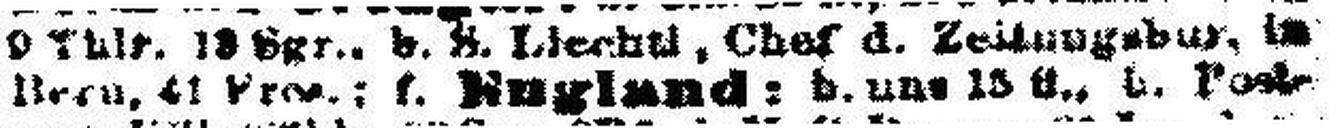
Born, 41 Fres.; f. England: b. uns 15 fl., b. Post¬